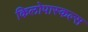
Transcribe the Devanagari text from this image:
किलोपास्कल्स